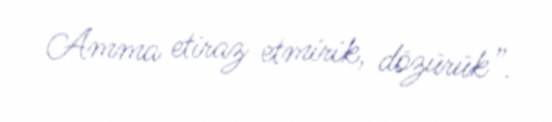
Amma etiraz etmirik, dözürük”.